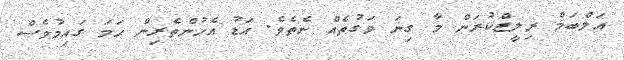
އަލްބަމް ރިލީޒްކުރަން މާ ގިނަ ވަގުތެއް ނެތެވެ. އަޑު އެހުންތެރިން ހަމަ ގައިމުވެސް